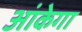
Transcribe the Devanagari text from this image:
आंकेगा